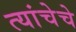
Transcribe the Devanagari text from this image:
त्यांचेचे